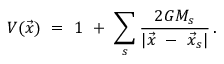
V ( \vec { x } ) \ = \ 1 \ + \ \sum _ { s } \frac { 2 G M _ { s } } { | \vec { x } \ - \ \vec { x } _ { s } | } \, .